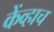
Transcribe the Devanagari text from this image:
केंव्हाच